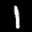
Label: 1